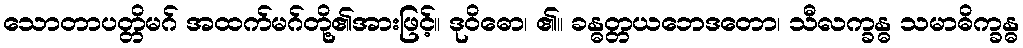
သောတာပတ္တိမဂ် အထက်မဂ်တို့၏အားဖြင့်။ ဒုဝိဓော၊ ၏။ ခန္ဓတ္တယဘေဒတော၊ သီလက္ခန္ဓ သမာဓိက္ခန္ဓ